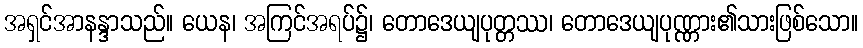
အရှင်အာနန္ဒာသည်။ ယေန၊ အကြင်အရပ်၌၊ တောဒေယျပုတ္တဿ၊ တောဒေယျပုဏ္ဏား၏သားဖြစ်သော။